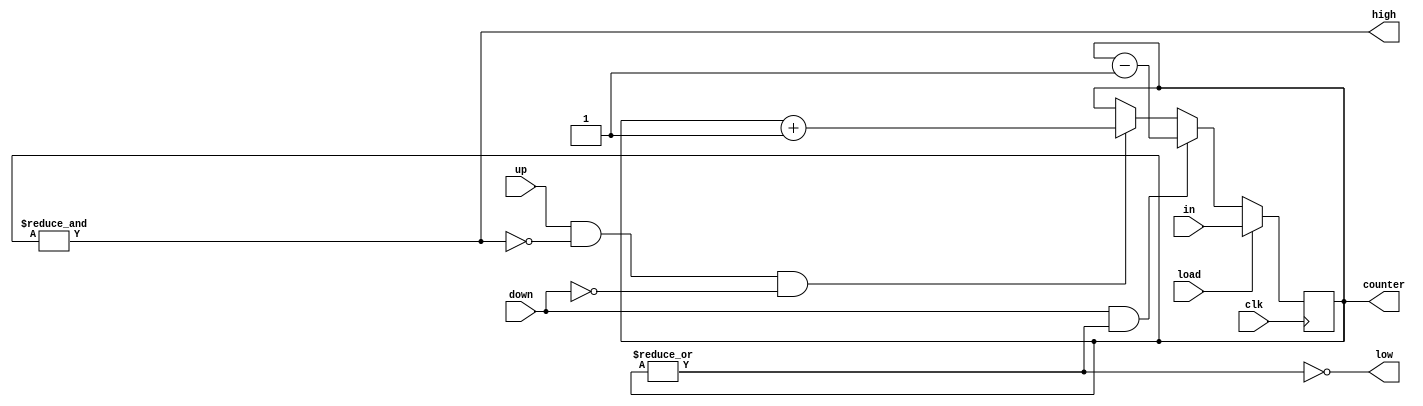
module up_dn_counter(
input [4:0]in,
input load, up , down,
input clk,
output high,low,
output reg [4:0]counter
);
assign low= ~| (counter);
assign high=&counter;

always @(posedge clk) begin
    if(load)
    counter<=in;
    else if(down && !low)
    counter<=counter-1'b1;
    else if(up && !high && !down)
    counter<=counter+1'b1;
end

endmodule